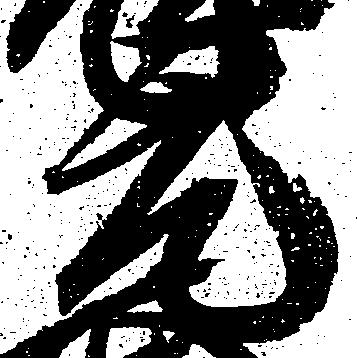
元